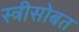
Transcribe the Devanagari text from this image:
स्त्रीसोबत